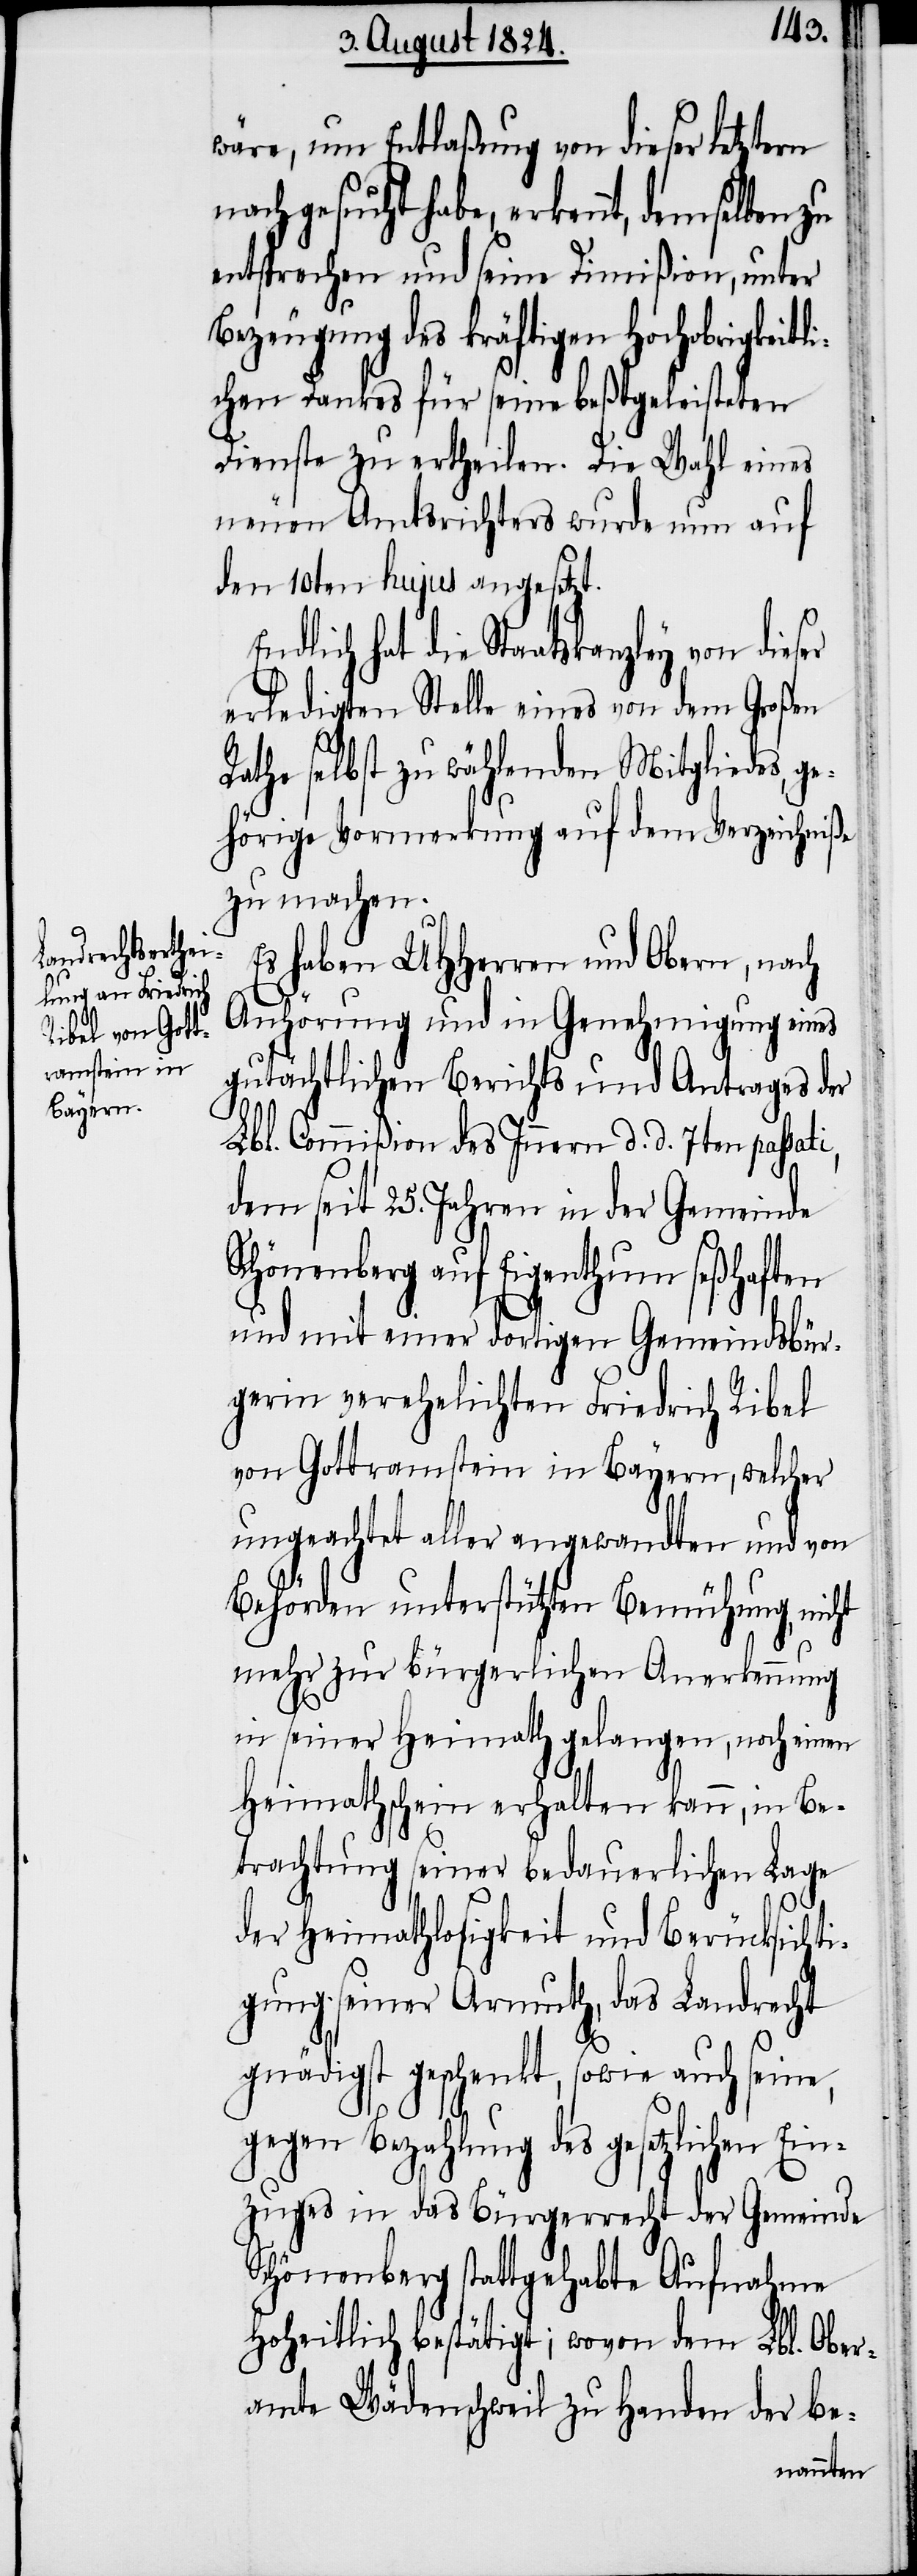
wäre, um Entlaßung von dieser letztern
nachgesucht habe, erkennt, demselben
entsprechen und seine Dimißion, unter
Bezeugung des kräftigen Hochobrigkeitl¬
ichen Dankes für seine beßtgeleisteten
Dienste zu ertheilen. Die Wahl eines
neuen Amtsrichters wurde nun auf
den 10ten hujus angesetzt.
ndlich hat die Staatskanzley
erledigten Stelle eines von dem Großen
Rathe selbst zu wählenden Mitgliedes ge¬
hörige Vormerkung auf dem Verzeichniße
zu machen.
Es haben UHHerren und Obern, nach
E¬
Anhörung und in Genehmigung eines
gutächtlichen Berichts und Antrages der
Lbl. Commißion des Innern d. d. 7ten passati,
dem seit 25. Jahren in der Gemeinde
Schönenberg auf Eigenthum seßhaften
und mit einer dortigen Gemeindsbür¬
gerin verehelichten Friedrich Ribel
von Gottramstein in Bayern, welcher
ungeachtet aller angewandten und von
Behörden unterstützter Bemühung, nicht
mehr zu bürgerlicher Anerkennung
in seiner Heimath gelangen, noch einen
Heimathschein erhalten kann, in Be¬
trachtung seiner bedauerlichen Lage
der Heimathlosigkeit und Berücksichti¬
gung seiner Armuth, das Landrecht
gnädigst geschenkt, sowie auch seine,
gegen Bezahlung des gesetzlichen Ei¬
nzuges in das Bürgerrecht der Gemeinde
Schönenberg stattgehabte Aufnahme
Hoheitlich bestätigt; wovon dem Lbl. Ober¬
amte Wädenschweil zu Handen der be-